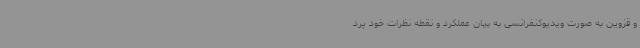
و قزوین به صورت ویدیوکنفرانسی به بیان عملکرد و نقطه نظرات خود پرد